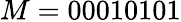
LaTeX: M=00010101